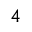
_ 4